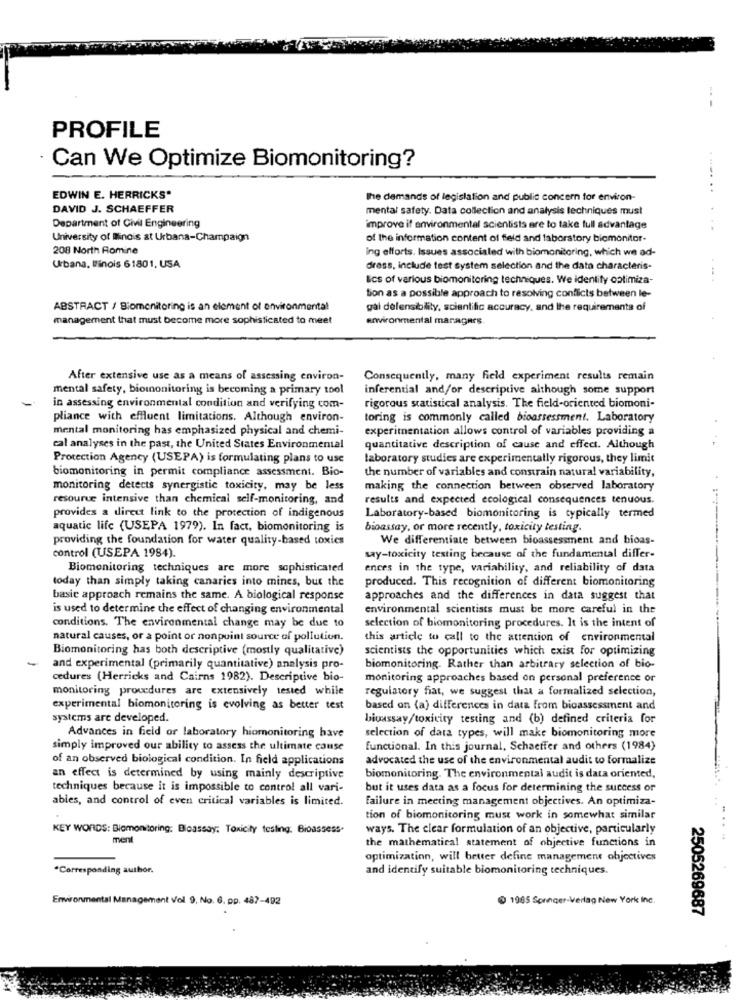
PROFILE
Can We Optimize Biomonitoring?
..... ..
EDWIN E. HERRICKS.
The demands of legislation and public concern for environ-
DAVID J. SCHAEFFER
mental safety. Data collection and analysis techniques must
Department of Civil Engineering
improve if environmental scientists ere to take full advantage
University of Ilinois at Urbana-Champaign
of the information content of field and laboratory bicmonitor-
208 North Romine
ing efforts. Issues associated with biomonitoring, which we ad-
Urbana, l'inois 61801, USA
dress, include test System selection and the data characteris-
lics of various biomonitoring techniques. We identify cotimiza-
tion as a possible approach to resolving conflicts between le-
ABSTRACT / Biomonitoring is an element of environmental
gal delensibility, scientific accuracy, and the requirements of
management that must become more sophisticated to meet
environmental maragers.
After extensive use as a means of assessing environ-
Consequently, many field experiment results remain
mental safety, biomonitoring is becoming a primary tool
inferential and/or descriptive although some support
in assessing environmental condition and verifying com-
rigorous statistical analysis. The field-oriented biomoni-
pliance with effluent limitations. Although environ-
toring is commonly called bioassessment. Laboratory
mental monitoring has emphasized physical and chemi-
experimentation allows control of variables providing a
cal analyses in the past, the United States Environmental
quantitative description of cause and effect. Although
Protection Agency (USEPA) is formulating plans to use
laboratory studies are experimentally rigorous, they limit
biomonitoring in permit compliance assessment. Bio-
the number of variables and constrain natural variability,
monitoring detects synergistic toxicity, may be less
making the connection between observed laboratory
resource intensive than chemical self-monitoring, and
results and expected ecological consequences tenuous.
provides a direct link to the protection of indigenous
Laboratory-based biomonitoring is typically termed
aquatic life (USEPA 1979). In fact, biomonitoring is
bioassay, or more recently, toxicity testing.
providing the foundation for water quality-based toxics
We differentiate between bioassessment and bioas-
control (USEPA 1984).
say-toxicity testing because of the fundamental differ-
Biomonitoring techniques are more sophisticated
ences in the type, variability, and reliability of data
today than simply taking canaries into mines, but the
produced. This recognition of different biomonitoring
basic approach remains the same. A biological response
approaches and the differences in data suggest that
is used to determine the effect of changing environmental
environmental scientists must be more careful in the
conditions. The environmental change may be due to
selection of biomonitoring procedures. It is the intent of
natural causes, or a point or nonpoint source of pollution.
this article to call to the attention of environmental
Biomonitoring has both descriptive (mostly qualitative)
scientists the opportunities which exist for optimizing
-
and experimental (primarily quantitative) analysis pro-
biomonitoring. Rather than arbitrary selection of bio-
cedures (Herricks and Cairns 1982). Descriptive bio-
monitoring approaches based on personal preference or
monitoring procedures are extensively tested while
regulatory fiat, we suggest that a formalized selection,
experimental biomonitoring is evolving as better test
based on (a) differences in data from bioassessment and
systems are developed.
bioassay/toxicity testing and (b) defined criteria for
Advances in field or laboratory hiomonitoring have
selection of data types, will make biomonitoring more
simply improved our ability to assess the ultimate cause
functional. In this journal, Schaeffer and others (1984)
of an observed biological condition. In field applications
advocated the use of the environmental audit to formalize
an effect is determined by using mainly descriptive
biomonitoring. The environmental audit is data oriented,
techniques because it is impossible to control all vari-
but it uses data as a focus for determining the success or
ables, and control of even critical variables is limited.
Failure in meeting management objectives. An optimiza-
tion of biomonitoring must work in somewhat similar
KEY WORDS: Biomonitoring: Bioassay: Toxicity testing. Bioassess-
ways. The clear formulation of an objective, particularly
ment
the mathematical statement of objective functions in
optimization, will better define management objectives
*Corresponding author.
and identify suitable biomonitoring techniques.
Enwormental Management Vol 9. No. 6. pp. 487-492
@ 1965 Springer-Verlag New York Inc.
2505269687